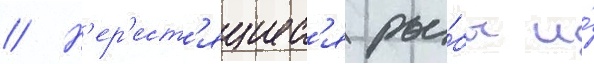
// Н'ер'ест'ящиес'я ры́бы и́